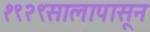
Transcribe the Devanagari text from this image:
१९२९सालापासून